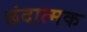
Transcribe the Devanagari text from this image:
छंदात्मक